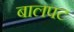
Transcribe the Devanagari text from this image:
बालपट